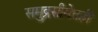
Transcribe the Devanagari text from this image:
समुद्रसीमेतही